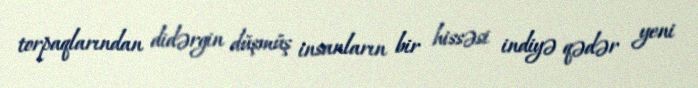
torpaqlarından didərgin düşmüş insanların bir hissəsi indiyə qədər yeni